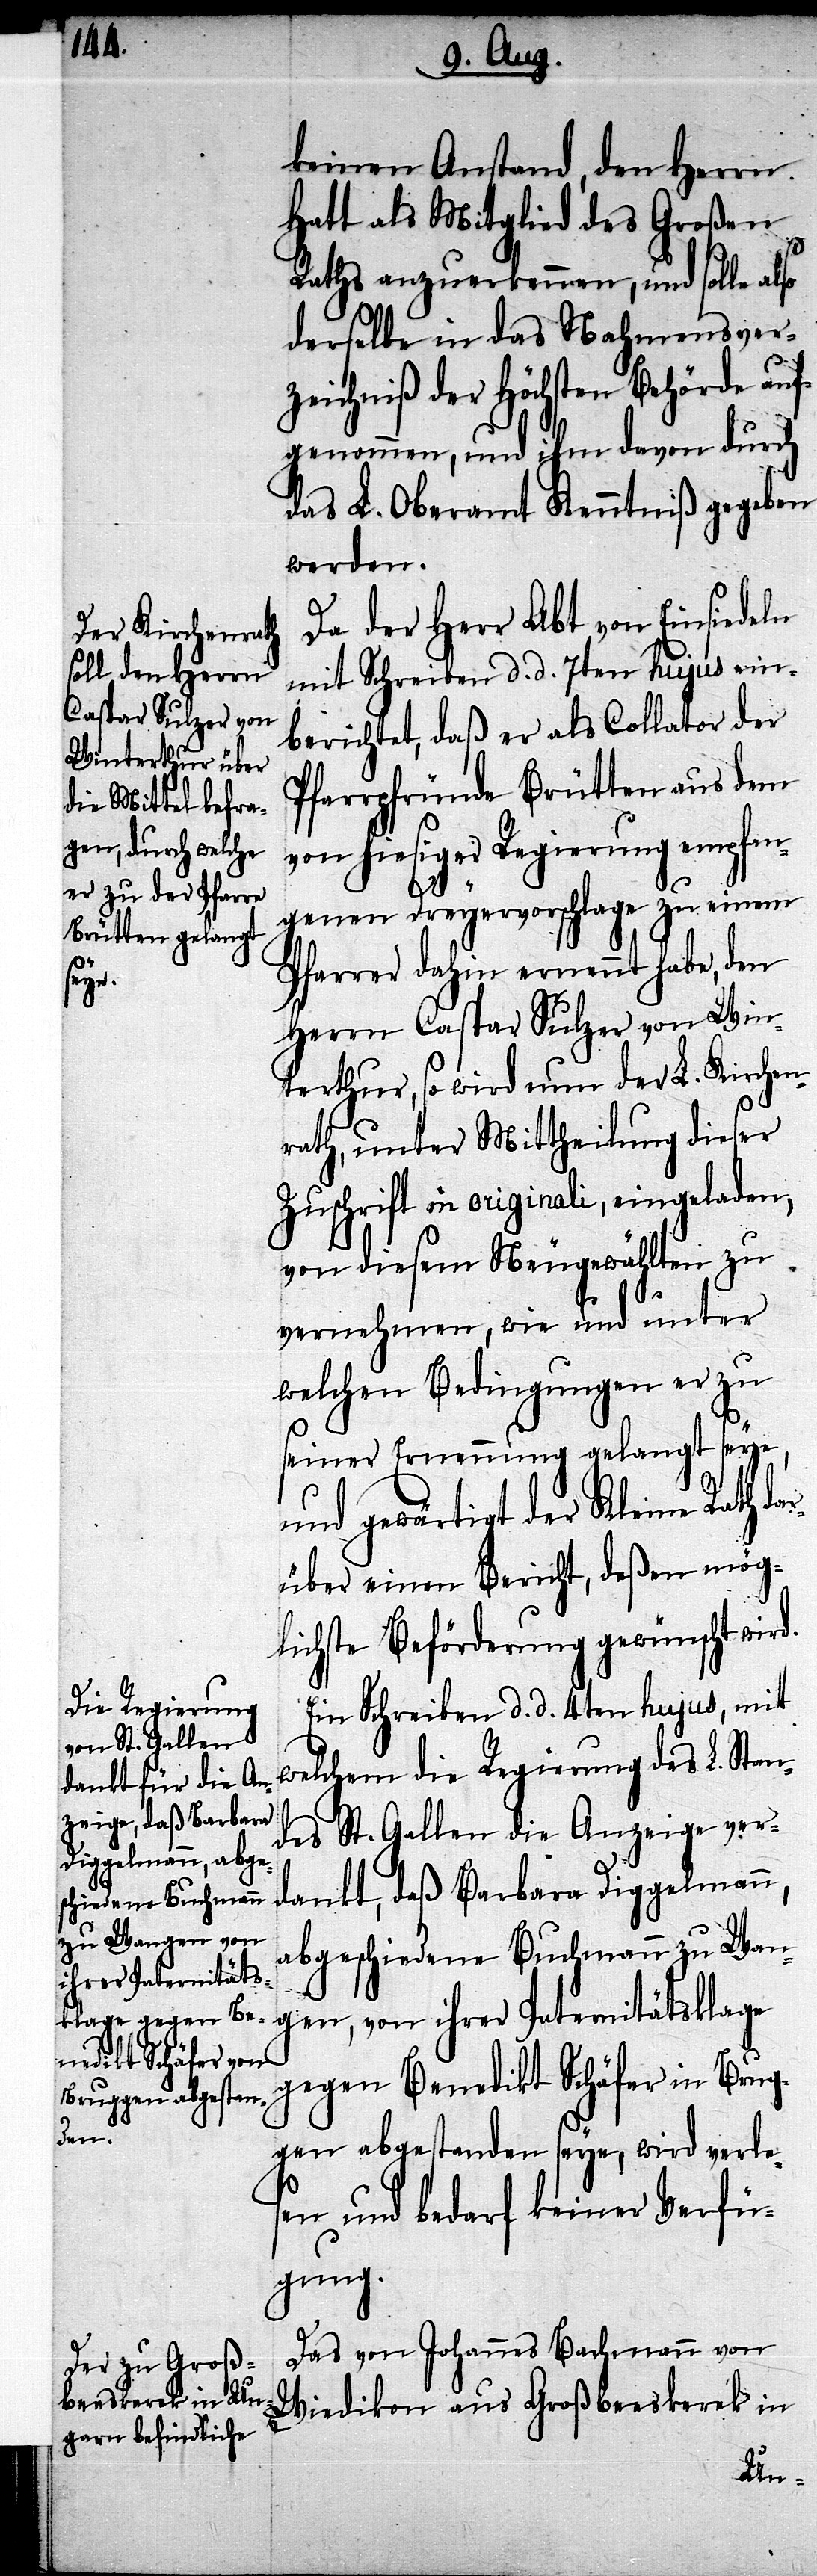
keinen Anstand, den Herrn
Hatt als Mitglied des Großen
Raths anzuerkennen, und solle also
derselbe in das Nahmensver¬
zeichniß der Höchsten Behörde auf¬
genommen, und ihm davon durch
das L. Oberamt Kenntniß gegeben
werden.
Da der Herr Abt von Einsiedeln
mit Schreiben d. d. 7ten hujus ein¬
berichtet, daß er als Collator der
Pfarrpfründe Brütten aus dem
von hiesiger Regierung empfan¬
genen Dreyervorschlage zu einem
Pfarrer dahin ernennt habe, den
Herrn Caspar Sulzer von Win¬
terthur, so wird nun der L. Kirchen¬
rath, unter Mittheilung dieser
Zuschrift in originali, eingeladen,
von diesem Neugewählten zu
vernehmen, wie und unter
welchen Bedingungen er zu
seiner Ernennung gelangt seye,
und gewärtigt der Kleine Rath da¬
rüber einen Bericht, deßen mög¬
lichste Beförderung gewünscht wird.
Ein Schreiben d. d. 4ten hujus, mit
welchem die Regierung des L. Stan¬
des St. Gallen die Anzeige ver¬
dankt, daß Barbara Diggelmann,
abgeschiedene Buchmann zu Wan¬
gen, von ihrer Paternitätsklage
gegen Benedikt Schäfer in Brug¬
gen abgestanden seye, wird verle¬
sen und bedarf keiner Verfü¬
gung.
Das von Johannes Bachmann von
Wiedikon aus Großbeeskerek in